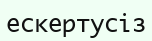
ескертусіз